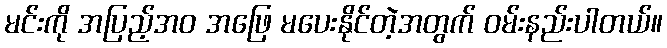
မင်းကို အပြည့်အဝ အဖြေ မပေးနိုင်တဲ့အတွက် ဝမ်းနည်းပါတယ်။